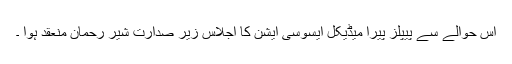
اس حوالے سے پیپلز پیرا میڈیکل ایسوسی ایشن کا اجلاس زیر صدارت شیر رحمان منعقد ہوا ۔